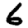
Digit: 6